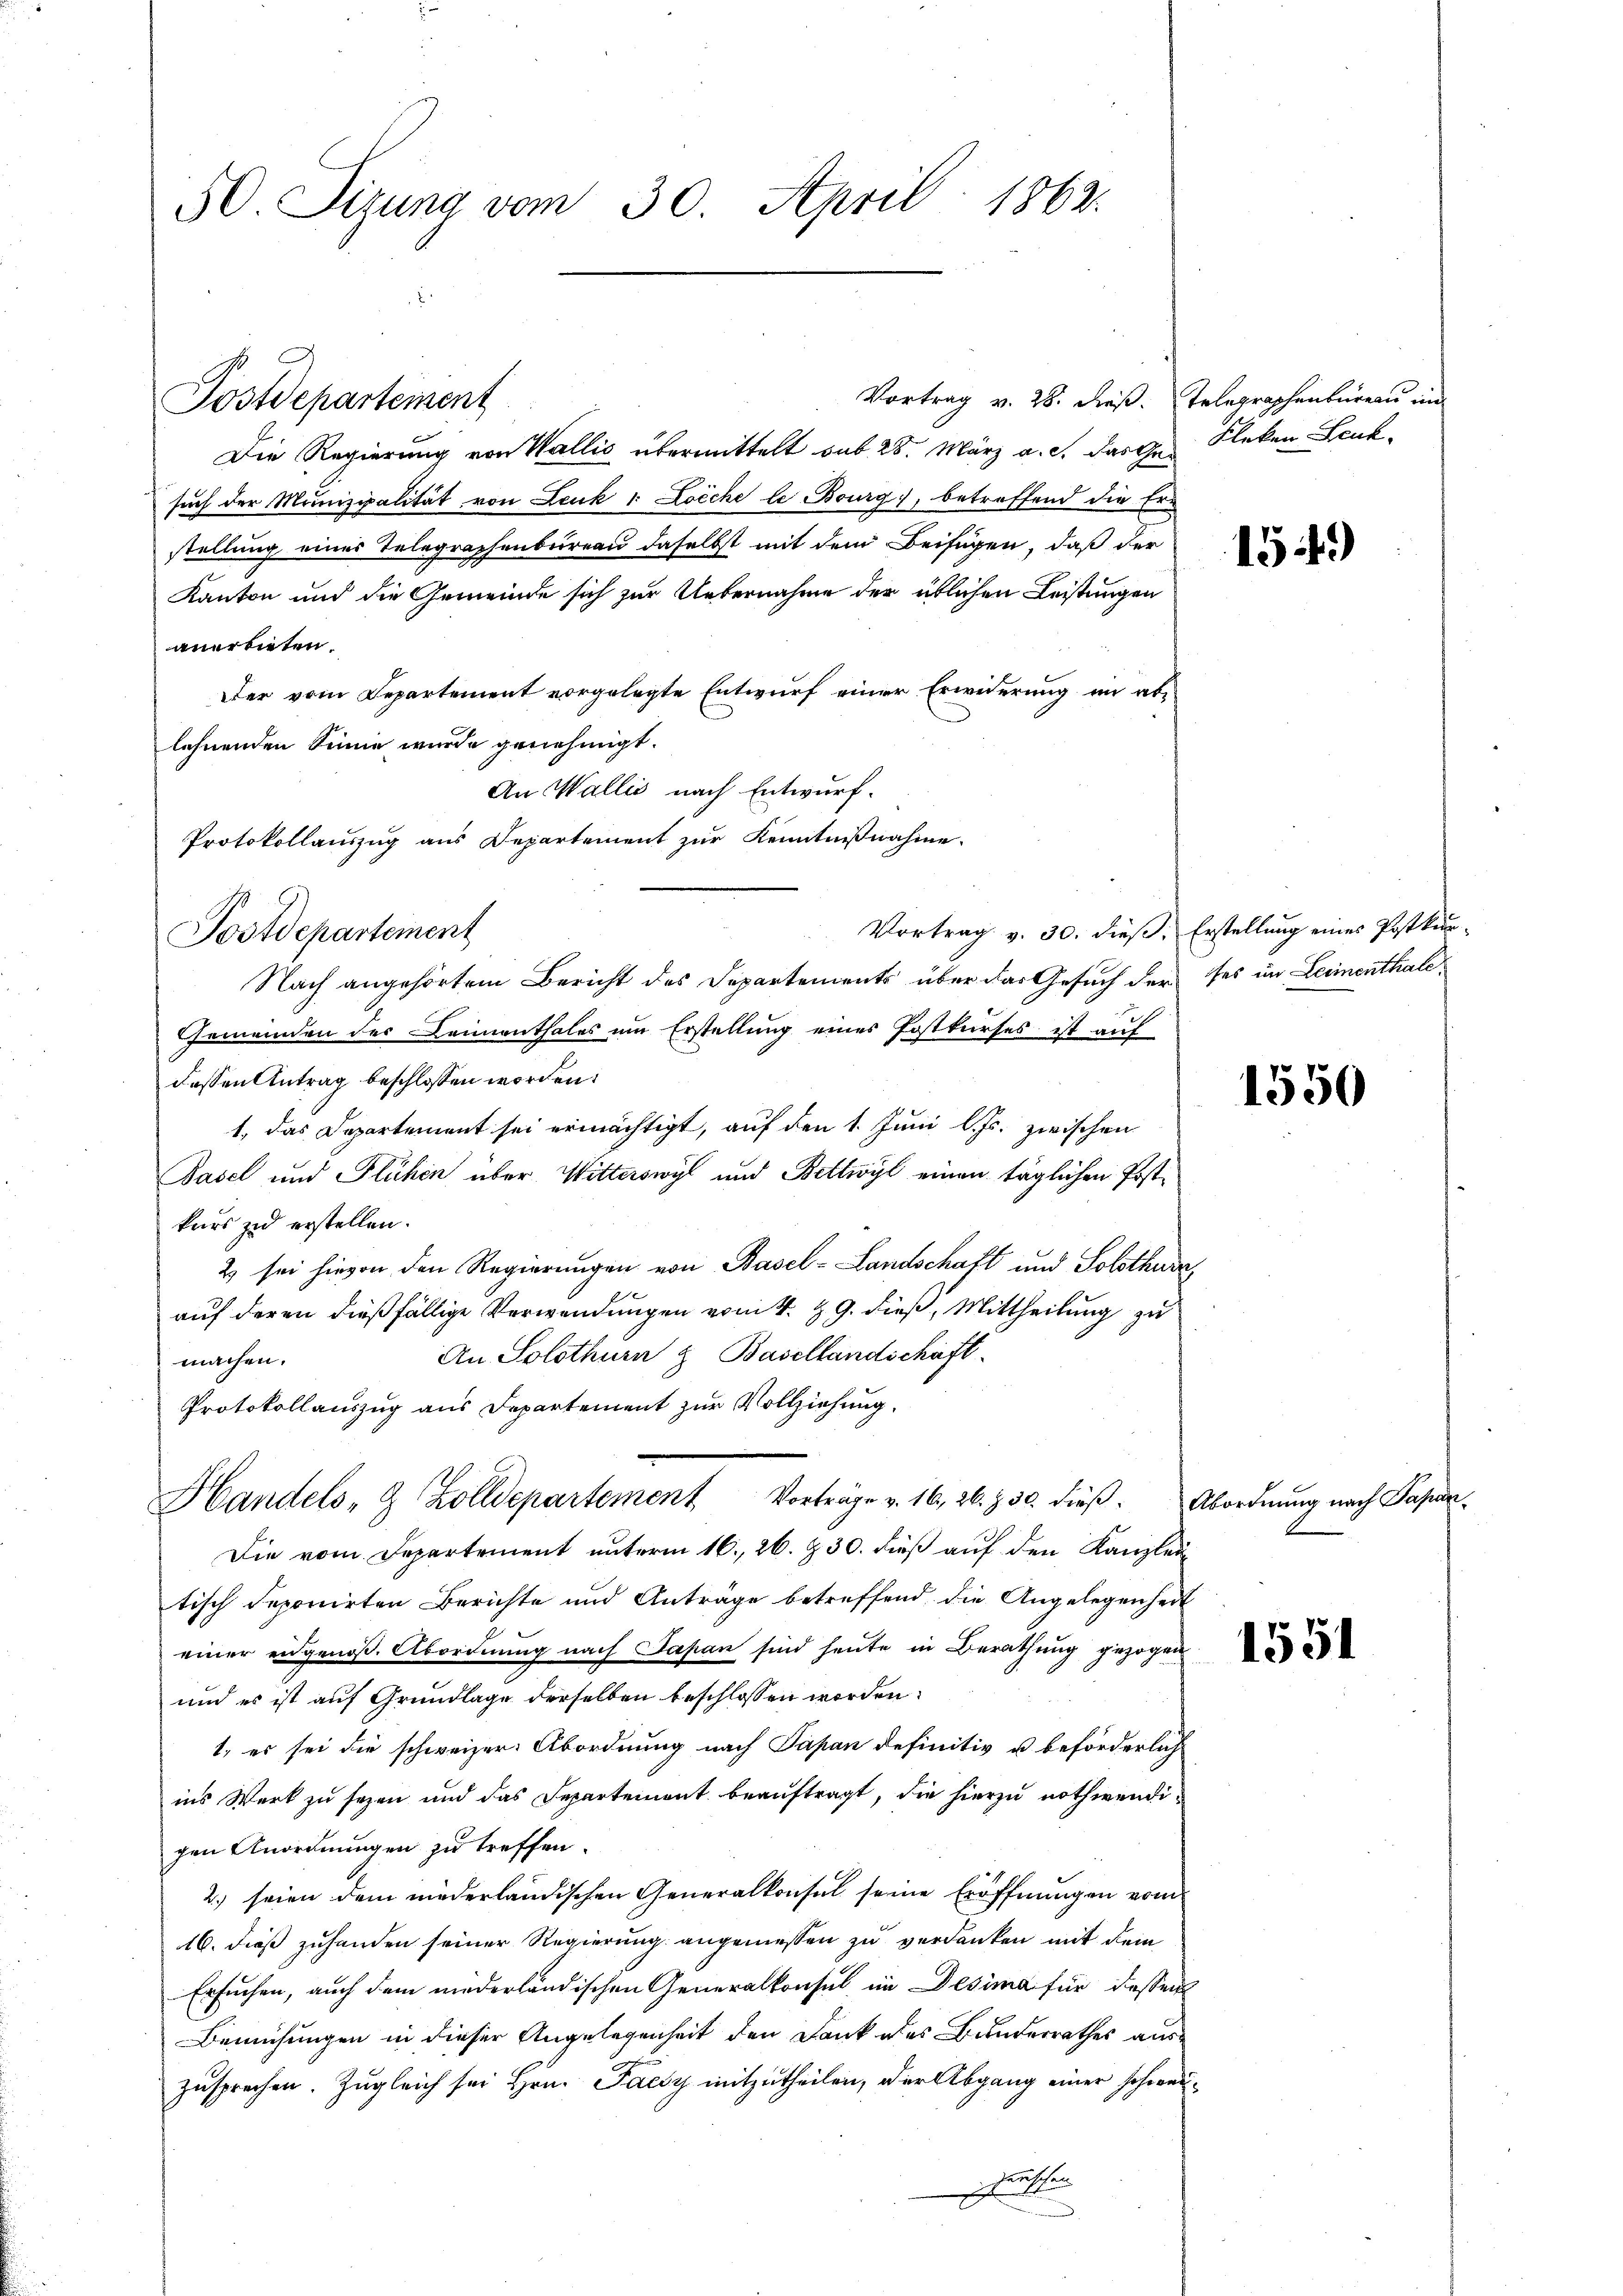
50. Sizung vom 30. April 1862.

Postdepartement

Die Regierung von Wallis übermittelt sub 28. März a. c. das Gesuch der Munizipalität von Leuk v Loèche le Bourg), betreffend die Ern
stellung eines Telegraphenbureau daselbst mit dem Beifügen, daß der
Kanton und die Gemeinde sich zur Uebernahme der üblichen Leistungen
anerbieten.
Der vom Departement vorgelegte Entwurf einer Erwiderung im ablehnenden Sinne wurde genehmigt.
An Wallis nach Entwurf.
Protokollauszug aus Departement zur Kenntnißnahme.
Nach angehörtem Bericht des Departements über das Gesuch der ses im Leimenthale
Gemeinden der Leimenthales um Erstellung eines Postkurses ist auf
dessen Antrag beschlossen worden:
1. das Departement sei ermächtigt, auf den 1. Juni l. Js. zwischen
Basel und Flühen über Witterswyl und Bettwyl einen täglichen Postkurs zu erstellen.
2) sei hievon den Regierungen von Basel-Landschaft und Solothurn,
auf deren dießfällige Verwendungen vom 4. 9. dieß, Mittheilung zu
An Solothurn & Basellandschäft
machen.
Protokollauszug aus Departement zur Vollziehung.
Handels- & Zolldepartement Vorträge v. 16, 26. Z. 50. dieß¬
Die vom Departement unterm 16. 26. 230. dieß auf den Kanzlei
tisch deponirten Berichte und Anträge betreffend die Angelegenheit
einer eidgenoß. Abordnung nach Japan sind heute in Berathung gezogen
und es ist auf Grundlage derselben beschlossen worden:
1. es sei die schweizer Abordnung nach Papan definitiv u. beförderlich
ins Werk zu sezen und das Departement beauftragt, die hierzu nothwendigen Anordnungen zu treffen.
2) seien dem niederländischen Generalkonsul seine Eröffnungen vom
16. dieß zuhanden seiner Regierung angemessen zu verdanken mit dem
Ersuchen, auch dem niederländischen Generalkonsul in Desima für dessen
Bemühungen in dieser Angelegenheit den Dank des Bunderrathes auszusprechen. Zugleich sei Hrn. Pacsy mitzutheilen, der Abgang einer schwer
zerischen
x

Postdepartement

Vortrag v. 28. dieß. Telegraphenbureau in

Kleken Leut

159)

Vortrag v. 30. dieß: Erstellung eines Postkun-

1550

Abordnung nach Papan¬

1551